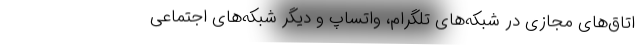
اتاق‌های مجازی در شبکه‌های تلگرام، واتساپ و دیگر شبکه‌های اجتماعی